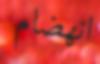
انھضام